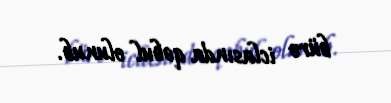
büro iclasında qəbul olunub.